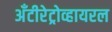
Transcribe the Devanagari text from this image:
अँटीरेट्रोव्हायरल